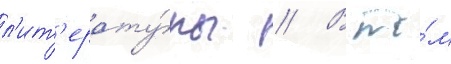
л'ит'ерату́ры // В то́м